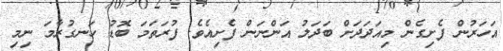
އަހަރުން ފެށިގެން މިއަދަދަށް ބަދަލު އަންނަން ފެށިއެވެ. ފުރަތަމަ ބޮޑު ހަނގުރާމަ ނިމި